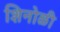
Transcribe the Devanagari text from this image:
शिनोळी